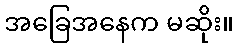
အခြေအနေက မဆိုး။